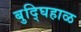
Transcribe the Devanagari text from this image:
बुद्घिहाळ